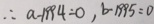
\therefore a - 1 9 9 4 = 0 , b - 1 9 9 5 = 0